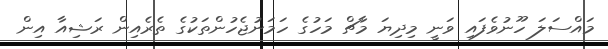
މައްސަލަ ހޫނުވެފައި ވަނީ މިދިޔަ މާޗް މަހުގެ ހަމަނުޖެހުންތަކުގެ ތެރެއިން ރަޝިއާ އިން